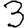
Digit: 3